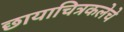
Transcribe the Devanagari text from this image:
छायाचित्रकलेचे